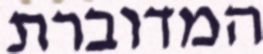
המדוברת